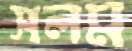
সলম